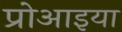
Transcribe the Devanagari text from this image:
प्रोआइया